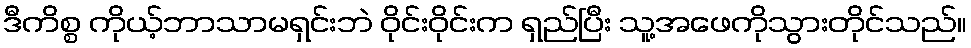
ဒီကိစ္စ ကိုယ့်ဘာသာမရှင်းဘဲ ဝိုင်းဝိုင်းက ရှည်ပြီး သူ့အဖေကိုသွားတိုင်သည်။